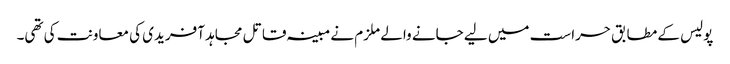
پولیس کے مطابق حراست میں لیے جانے والے ملزم نے مبینہ قاتل مجاہد آفریدی کی معاونت کی تھی۔